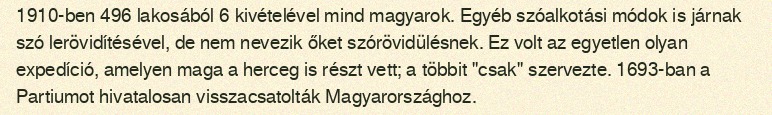
1910-ben 496 lakosából 6 kivételével mind magyarok. Egyéb szóalkotási módok is járnak szó lerövidítésével, de nem nevezik őket szórövidülésnek. Ez volt az egyetlen olyan expedíció, amelyen maga a herceg is részt vett; a többit "csak" szervezte. 1693-ban a Partiumot hivatalosan visszacsatolták Magyarországhoz.